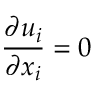
\frac { \partial u _ { i } } { \partial x _ { i } } = 0